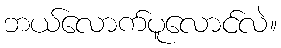
ဘယ်လောက်ပူလောင်လဲ။